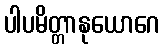
ပါပမိတ္တာနုယောဂေ